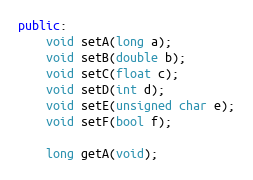
Language: C++
public:
    void setA(long a);
    void setB(double b);
    void setC(float c);
    void setD(int d);
    void setE(unsigned char e);
    void setF(bool f);

    long getA(void);